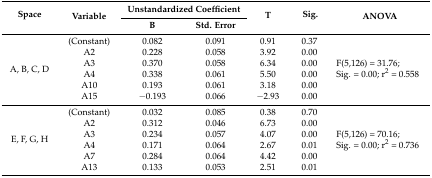
| <ROWSPAN=2> Space | <ROWSPAN=2> Variable | <COLSPAN=2> Unstandardized Coefficient | <ROWSPAN=2> T | <ROWSPAN=2> Sig. | <ROWSPAN=2> ANOVA |
 | B | Std. Error |
 | --- | --- | --- | --- | --- | --- | --- |
 | <ROWSPAN=6> A, B, C, D | (Constant) | 0.082 | 0.091 | 0.91 | 0.37 | <ROWSPAN=6> F(5,126) = 31.76; Sig. = 0.00; r2 = 0.558 |
 | A2 | 0.228 | 0.058 | 3.92 | 0.00 |
 | A3 | 0.370 | 0.058 | 6.34 | 0.00 |
 | A4 | 0.338 | 0.061 | 5.50 | 0.00 |
 | A10 | 0.193 | 0.061 | 3.18 | 0.00 |
 | A15 | −0.193 | 0.066 | −2.93 | 0.00 |
 | <ROWSPAN=6> E, F, G, H | (Constant) | 0.032 | 0.085 | 0.38 | 0.70 | <ROWSPAN=6> F(5,126) = 70.16; Sig. = 0.00; r2 = 0.736 |
 | A2 | 0.312 | 0.046 | 6.73 | 0.00 |
 | A3 | 0.234 | 0.057 | 4.07 | 0.00 |
 | A4 | 0.171 | 0.064 | 2.67 | 0.01 |
 | A7 | 0.284 | 0.064 | 4.42 | 0.00 |
 | A13 | 0.133 | 0.053 | 2.51 | 0.01 |